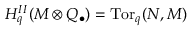
H _ { q } ^ { I I } ( M \otimes Q _ { \bullet } ) = \operatorname { T o r } _ { q } ( N , M )